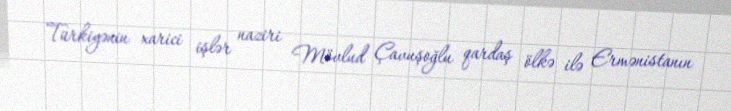
Türkiyənin xarici işlər naziri Mövlud Çavuşoğlu qardaş ölkə ilə Ermənistanın